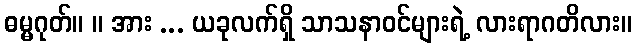
ဓမ္မဂုတ်။ ။ အား ... ယခုလက်ရှိ သာသနာဝင်များရဲ့ လားရာဂတိလား။